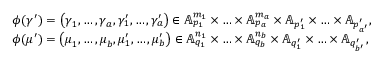
\begin{array} { r l } & { \phi ( \gamma ^ { \prime } ) = \left( \boldsymbol { \gamma } _ { { 1 } } , \ldots , \boldsymbol { \gamma } _ { { a } } , \gamma _ { 1 } ^ { \prime } , \ldots , \gamma _ { a } ^ { \prime } \right) \in \mathbb { A } _ { p _ { 1 } } ^ { m _ { 1 } } \times \hdots \times \mathbb { A } _ { p _ { a } } ^ { m _ { a } } \times \mathbb { A } _ { p _ { 1 } ^ { \prime } } \times \hdots \times \mathbb { A } _ { p _ { a ^ { \prime } } ^ { \prime } } , } \\ & { \phi ( \mu ^ { \prime } ) = \left( \boldsymbol { \mu } _ { { 1 } } , \ldots , \boldsymbol { \mu } _ { { b } } , \mu _ { 1 } ^ { \prime } , \ldots , \mu _ { b } ^ { \prime } \right) \in \mathbb { A } _ { q _ { 1 } } ^ { n _ { 1 } } \times \hdots \times \mathbb { A } _ { q _ { b } } ^ { n _ { b } } \times \mathbb { A } _ { q _ { 1 } ^ { \prime } } \times \hdots \times \mathbb { A } _ { q _ { b ^ { \prime } } ^ { \prime } } , } \end{array}